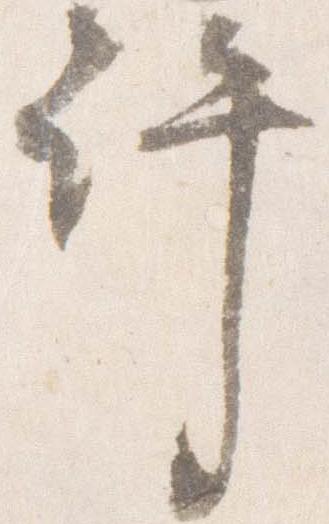
許